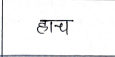
मजकूर: हाच